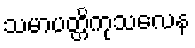
သမာပတ္တိကုသလေန